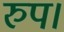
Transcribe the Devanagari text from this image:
रुप।